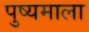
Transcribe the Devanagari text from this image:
पुष्यमाला